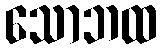
သောဘထ